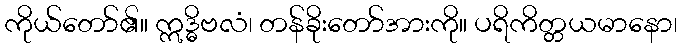
ကိုယ်တော်၏။ ဣဒ္ဓိဗလံ၊ တန်ခိုးတော်အားကို။ ပရိကိတ္တယမာနော၊